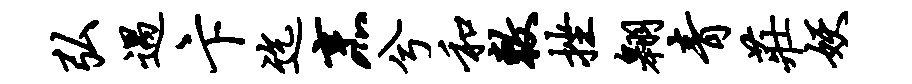
弘遇卞迄烹兮和敕挫翱青庄妖